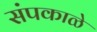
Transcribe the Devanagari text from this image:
संपकाळे